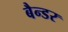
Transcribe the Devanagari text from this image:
बैन्डर